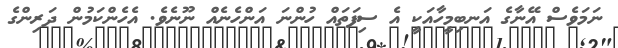
ނަމަވެސް އޭނާގެ އަނބިމީހާއަކީ އެ ސިފަތައް ހުންނަ އަންހެނެއް ނޫނެވެ. އެހެންކަމުން ދަރިންގެ